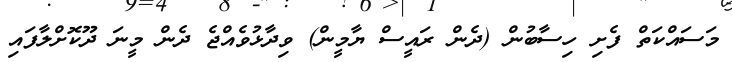
މަސައްކަތް ފެށި ހިސާބުން (ދެން ރައީސް ޔާމީން) ވިދާޅުވެއްޖެ ދެން މީނަ ދޫކޮށްލާފައި